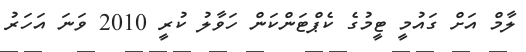
ލާމް އަށް ގައުމީ ޓީމުގެ ކެޕްޓަންކަން ހަވާލު ކުރީ 2010 ވަނަ އަހަރު